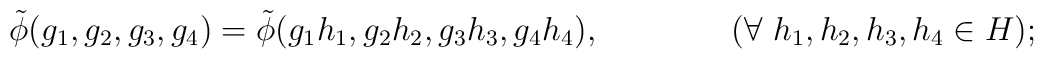
\tilde\phi(g_1,g_2,g_3,g_4) = \tilde\phi(g_1h_1,g_2h_2 ,g_3h_3 ,         g_4h_4), \qquad\qquad (\forall \ h_1,h_2,h_3,h_4 \in H);